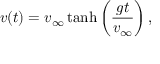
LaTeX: v ( t ) = v _ { \infty } \operatorname { t a n h } \left( { \frac { g t } { v _ { \infty } } } \right) ,